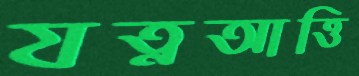
যত্নআত্তি